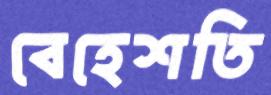
বেহেশতি